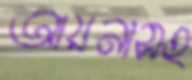
আয়নাসহ